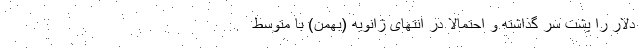
دلار را پشت سر گذاشته و احتمالاً در انتهای ژانویه (بهمن) با متوسط